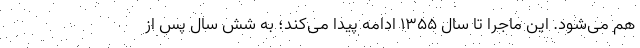
هم می‌شود. این ماجرا تا سال ۱۳۵۵ ادامه پیدا می‌کند؛ به شش سال پس از